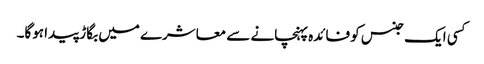
کسی ایک جنس کو فائدہ پہنچانے سے معاشرے میں بگاڑ پیدا ہوگا۔